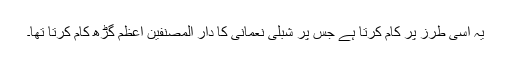
یہ اسی طرز پر کام کرتا ہے جس پر شبلی نعمانی کا دار المصنفین اعظم گڑھ کام کرتا تھا۔